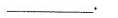
___.